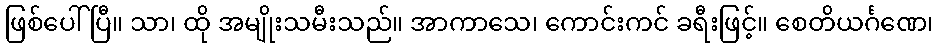
ဖြစ်ပေါ်ပြီ။ သာ၊ ထို အမျိုးသမီးသည်။ အာကာသေ၊ ကောင်းကင် ခရီးဖြင့်။ စေတိယင်္ဂဏေ၊